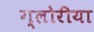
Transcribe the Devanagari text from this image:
ग्लोरीया